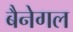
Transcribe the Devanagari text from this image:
बैनेगल